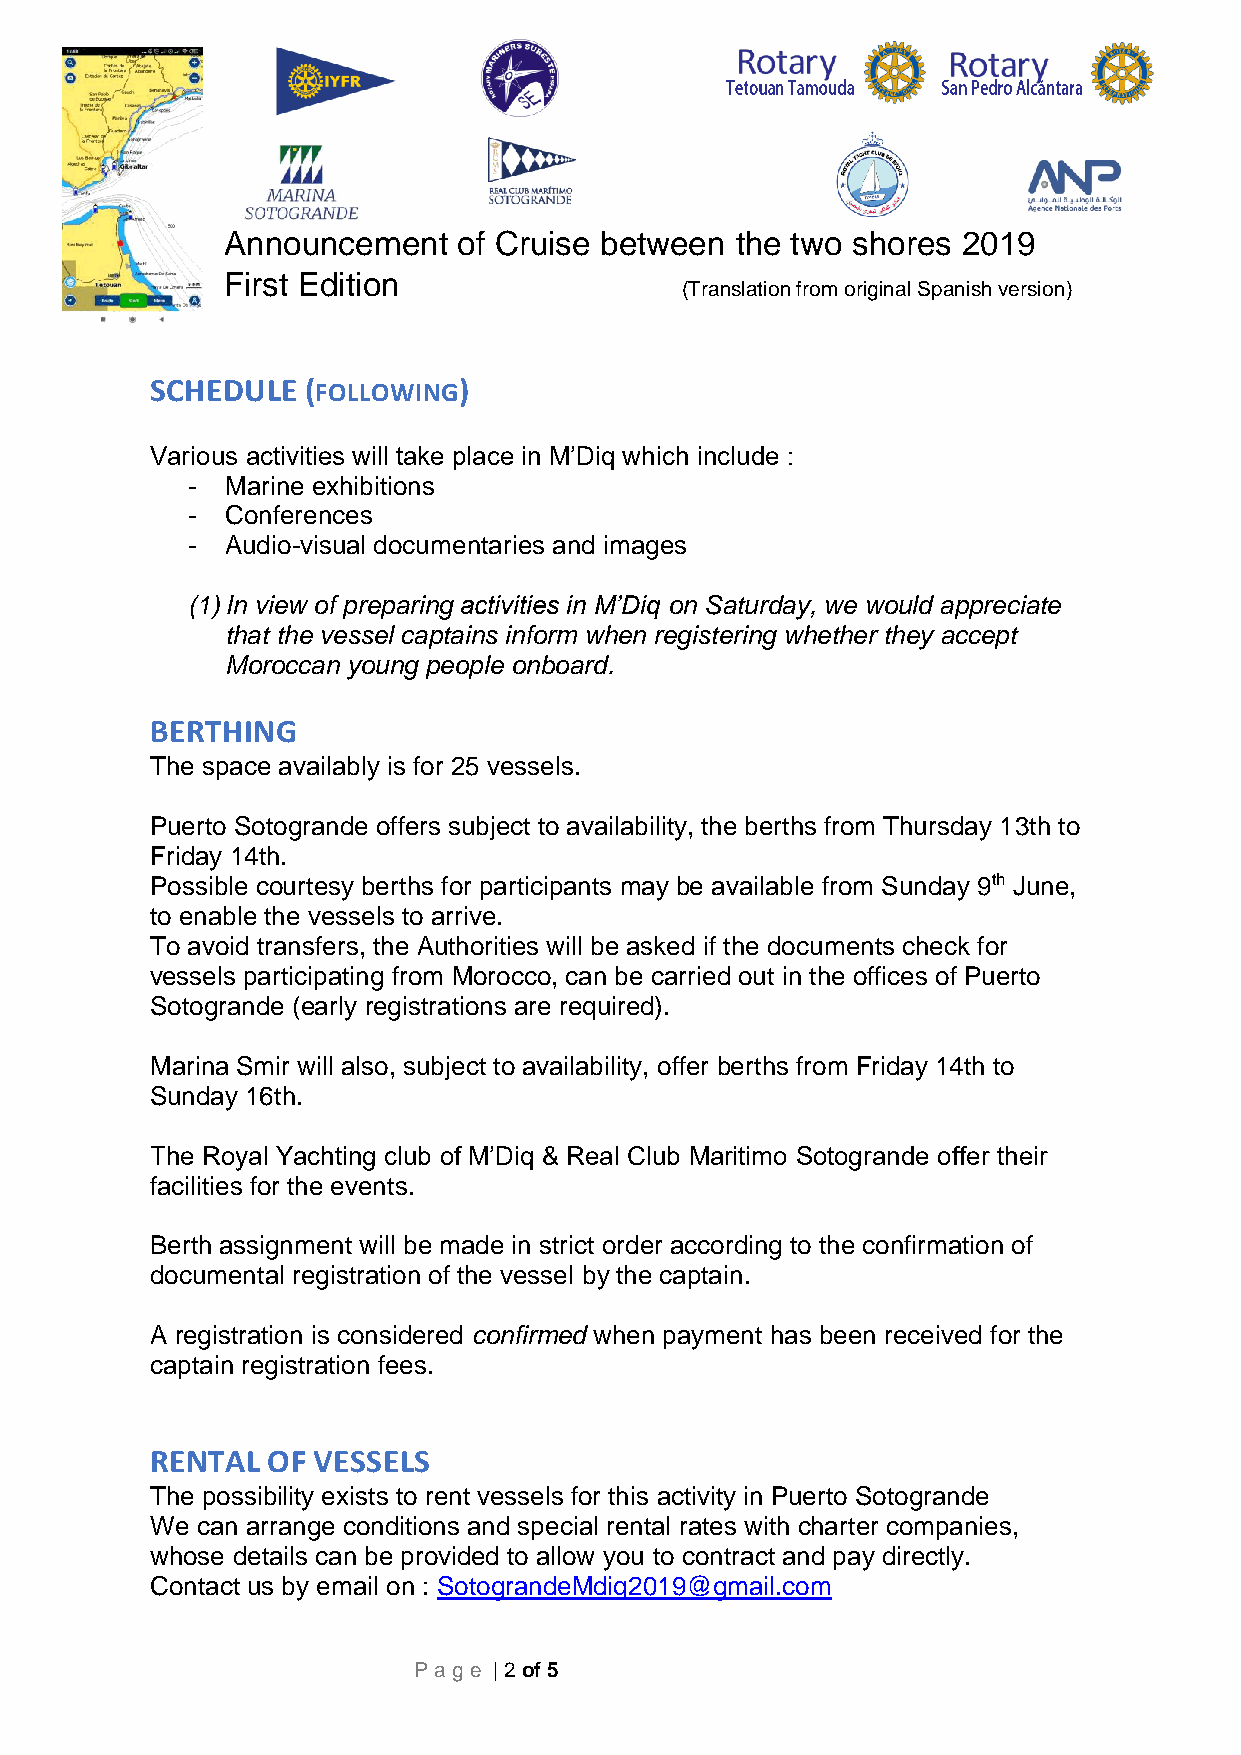
Announcement   of Cruise between  the two shores 2019
 First Edition
 (Translation from original Spanish version)
 SCHEDULE  (FOLLOWING)
 Various activities will take place in M’Diq which include :
 -  Marine exhibitions
 -  Conferences
 -  Audio-visual documentaries and images
 (1) In view of preparing activities in M’Diq on Saturday, we would appreciate
 that the vessel captains inform when registering whether they accept
 Moroccan young people onboard.
 BERTHING
 The space availably is for 25 vessels.
 Puerto Sotogrande offers subject to availability, the berths from Thursday 13th to
 Friday 14th.
 Possible courtesy berths for participants may be available from Sunday 9th June,
 to enable the vessels to arrive.
 To avoid transfers, the Authorities will be asked if the documents check for
 vessels participating from Morocco, can be carried out in the offices of Puerto
 Sotogrande (early registrations are required).
 Marina Smir will also, subject to availability, offer berths from Friday 14th to
 Sunday 16th.
 The Royal Yachting club of M’Diq & Real Club Maritimo Sotogrande offer their
 facilities for the events.
 Berth assignment will be made in strict order according to the confirmation of
 documental registration of the vessel by the captain.
 A registration is considered confirmed when payment has been received for the
 captain registration fees.
 RENTAL  OF VESSELS
 The possibility exists to rent vessels for this activity in Puerto Sotogrande
 We can arrange conditions and special rental rates with charter companies,
 whose details can be provided to allow you to contract and pay directly.
 Contact us by email on : SotograndeMdiq2019@gmail.com
 Pag e | 2 of 5